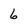
Character: 6